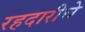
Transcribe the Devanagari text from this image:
रहदारीचे